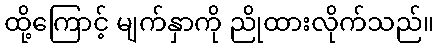
ထို့ကြောင့် မျက်နှာကို ညိုထားလိုက်သည်။